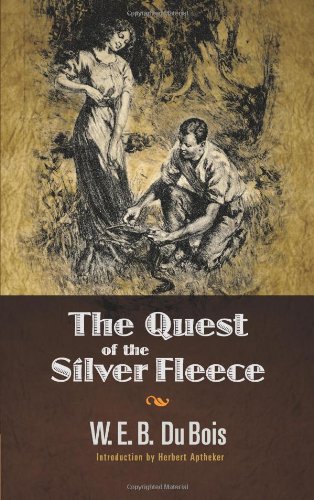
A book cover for The Quest of the Silver Fleece (Dover Books on Literature & Drama); W. E. B. Du Bois; Literature & Fiction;